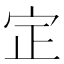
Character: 𡧡